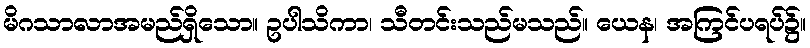
မိဂသာလာအမည်ရှိသော။ ဥပါသိကာ၊ သီတင်းသည်မသည်။ ယေန၊ အကြင်ပရပ်၌။